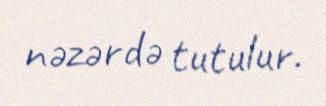
nəzərdə tutulur.